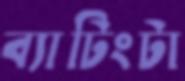
ব্যাটিংটা